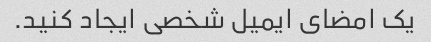
یک امضای ایمیل شخصی ایجاد کنید.